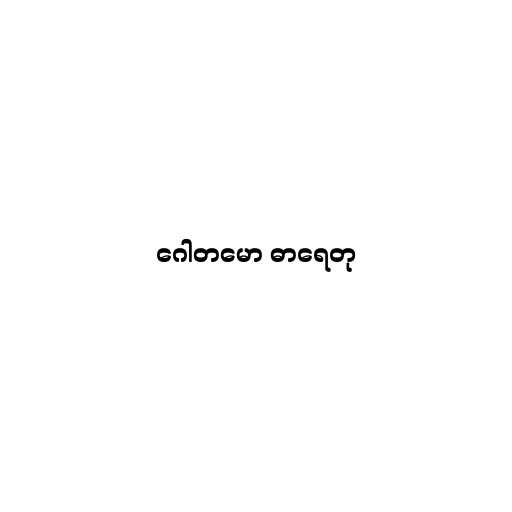
ဂေါတမော ဓာရေတု